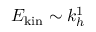
E _ { \mathrm { k i n } } \sim k _ { h } ^ { 1 }